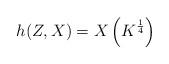
LaTeX: \begin{align*} h(Z,X) = X\left(K^{\frac{1}{4}}\right)\end{align*}